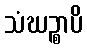
သံဃဉ္စာပိ